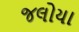
જલોયા